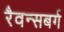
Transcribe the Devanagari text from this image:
रैवन्सबर्ग